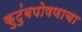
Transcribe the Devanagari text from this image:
कुटुंबपोषणाचा